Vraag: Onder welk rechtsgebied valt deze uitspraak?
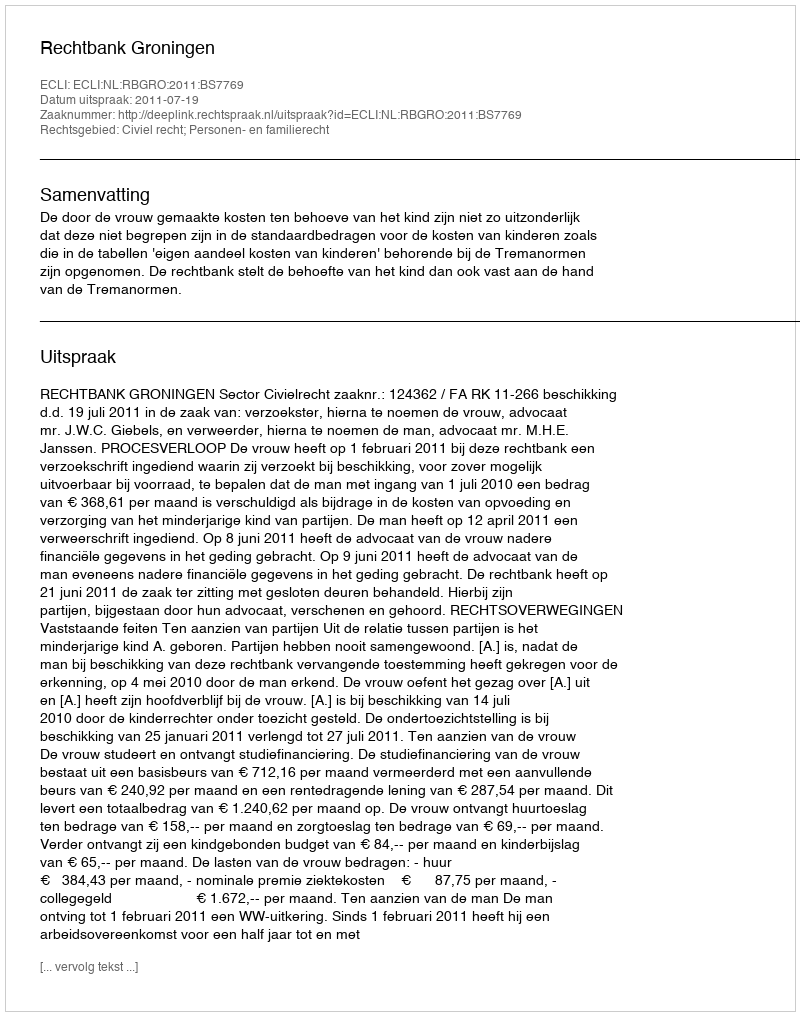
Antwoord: Civiel recht; Personen- en familierecht